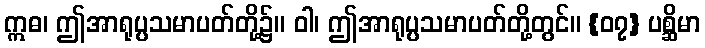
ဣဓ၊ ဤအာရုပ္ပသမာပတ်တို့၌။ ဝါ၊ ဤအာရုပ္ပသမာပတ်တို့တွင်။ {၀၇} ပစ္ဆိမာ